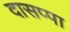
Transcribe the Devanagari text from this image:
दासप्पा